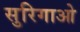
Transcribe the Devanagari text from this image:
सुरिगाओ